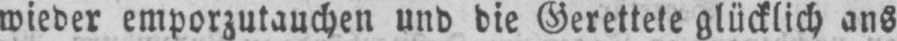
wieder emporzutauchen und die Gerettete glücklich ans